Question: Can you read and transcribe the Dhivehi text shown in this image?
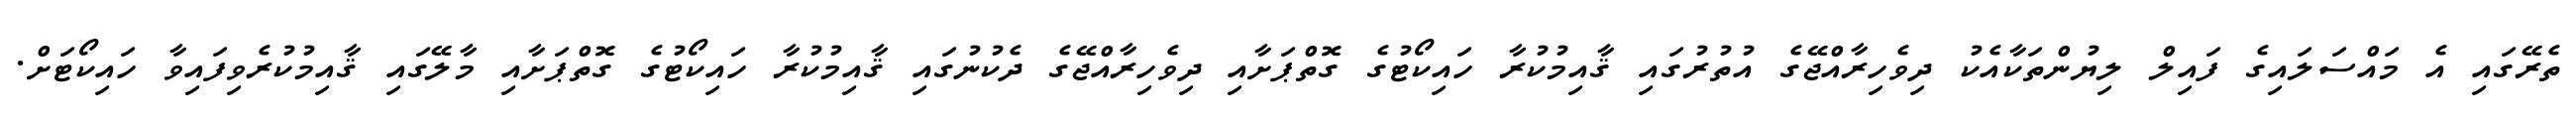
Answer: ތެރޭގައި އެ މައްސަލައިގެ ފައިލް ލިޔުންތަކާއެކު ދިވެހިރާއްޖޭގެ އުތުރުގައި ޤާއިމުކުރާ ހައިކޯޓުގެ ގޮތްޕަށާއި ދިވެހިރާއްޖޭގެ ދެކުނުގައި ޤާއިމުކުރާ ހައިކޯޓުގެ ގޮތްޕަށާއި މާލޭގައި ޤާއިމުކުރެވިފައިވާ ހައިކޯޓަށް.